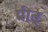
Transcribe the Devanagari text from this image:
पीत्